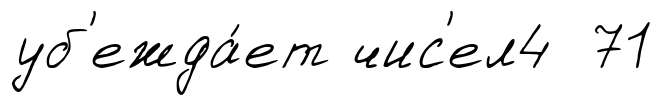
уб'ежда́ет чис'ел4 71